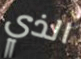
الذي